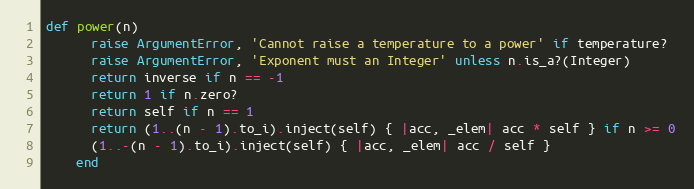
Language: Ruby
def power(n)
      raise ArgumentError, 'Cannot raise a temperature to a power' if temperature?
      raise ArgumentError, 'Exponent must an Integer' unless n.is_a?(Integer)
      return inverse if n == -1
      return 1 if n.zero?
      return self if n == 1
      return (1..(n - 1).to_i).inject(self) { |acc, _elem| acc * self } if n >= 0
      (1..-(n - 1).to_i).inject(self) { |acc, _elem| acc / self }
    end